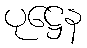
ပုဋ္ဌေန